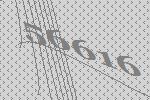
56616